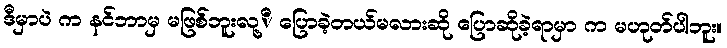
ဒီမှာပဲ က နင်ဘာမှ မဖြစ်ဘူးလု့ိ ပြောခဲ့တယ်မလားဆို ပြောဆိုခဲ့ရာမှာ က မဟုတ်ပါဘူး။